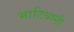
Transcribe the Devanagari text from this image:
भाटियानी